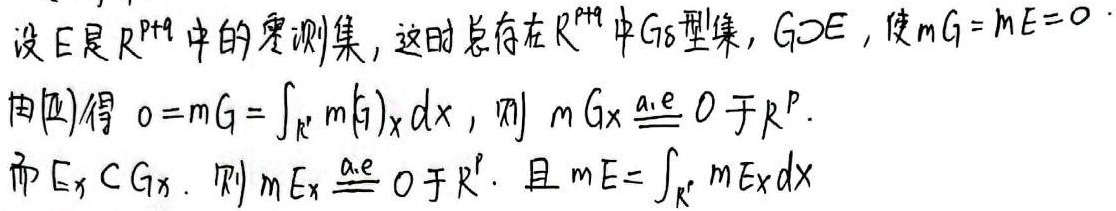
设 $E$ 是 $\mathbb{R}^{p + q}$ 中的零测集，这时总存在 $\mathbb{R}^{p + q}$ 中 $G_{\delta}$ 型集，$G \supset E$，使 $mG = mE = 0$. 由 (匹) 得 $0 = mG = \int_{\mathbb{R}^{p}} m(G)_{x}dx$，则 $mG_{x} \stackrel{\text{a.e.}}{=} 0$ 于 $\mathbb{R}^{p}$. 而 $E_{x} \subset G_{x}$，则 $mE_{x} \stackrel{\text{a.e.}}{=} 0$ 于 $\mathbb{R}^{p}$，且 $mE = \int_{\mathbb{R}^{p}} mE_{x}dx$